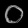
Digit: ၀